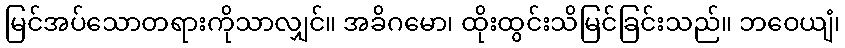
မြင်အပ်သောတရားကိုသာလျှင်။ အခိဂမော၊ ထိုးထွင်းသိမြင်ခြင်းသည်။ ဘဝေယျံ၊